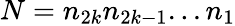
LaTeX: N={n_{2k}}{n_{2k-1}}...{n_{1}}